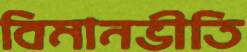
বিমানভীতি